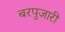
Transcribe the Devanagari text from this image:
बरपुजारी